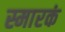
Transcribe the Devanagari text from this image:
स्मारकं